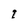
Character: 1